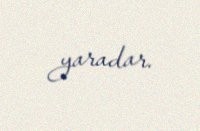
yaradar.